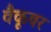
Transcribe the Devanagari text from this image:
वैकूवर